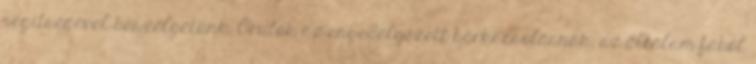
segítségével beszélgetünk. Örülök az engedélyezett barkácsolásnak, az általam fából